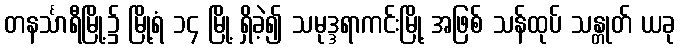
တနင်္သာရီမြို့၌ မြို့ရံ ၁၄ မြို့ ရှိခဲ့၍ သမုဒ္ဒရာကင်းမြို့ အဖြစ် သန်ထုပ် သန္တုတ် ယခု